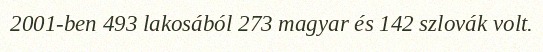
2001-ben 493 lakosából 273 magyar és 142 szlovák volt.